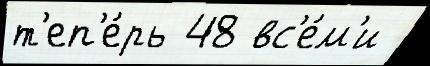
т'еп'е́рь 48 вс'е́м'и